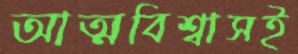
আত্মবিশ্বাসই